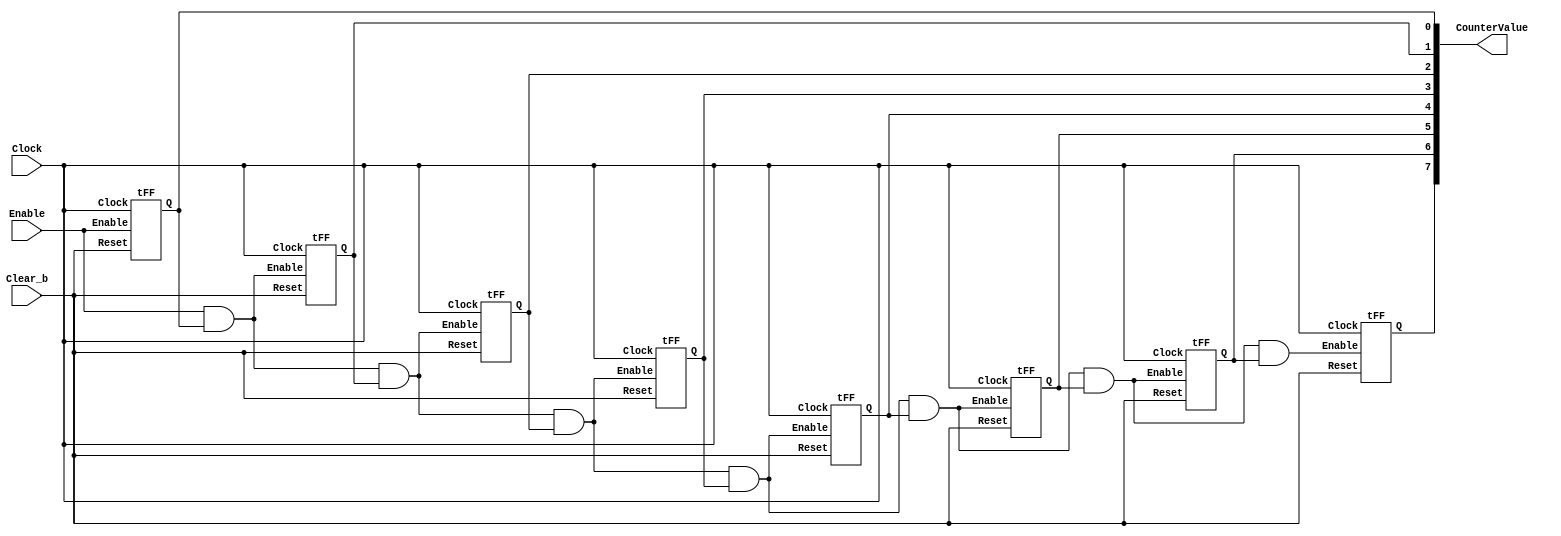
module part1 (Clock, Enable, Clear_b, CounterValue);
    input Clock, Enable, Clear_b;
    output [7:0] CounterValue;

    wire and1, and2, and3, and4, and5, and6, and7;

    assign and1 = (Enable & CounterValue[0]);
    assign and2 = (and1 & CounterValue[1]);
    assign and3 = (and2 & CounterValue[2]);
    assign and4 = (and3 & CounterValue[3]);
    assign and5 = (and4 & CounterValue[4]);
    assign and6 = (and5 & CounterValue[5]);
    assign and7 = (and6 & CounterValue[6]);

    tFF U0 (Clock, Clear_b, Enable, CounterValue[0]);
    tFF U1 (Clock, Clear_b, and1, CounterValue[1]);
    tFF U2 (Clock, Clear_b, and2, CounterValue[2]);
    tFF U3 (Clock, Clear_b, and3, CounterValue[3]);
    tFF U4 (Clock, Clear_b, and4, CounterValue[4]);
    tFF U5 (Clock, Clear_b, and5, CounterValue[5]);
    tFF U6 (Clock, Clear_b, and6, CounterValue[6]);
    tFF U7 (Clock, Clear_b, and7, CounterValue[7]);
    
endmodule

module tFF (Clock, Reset, Enable, Q);
    input Clock, Reset, Enable;
    output reg Q;

    always @ (posedge Clock, negedge Reset)
    begin
        if (!Reset)
            Q <= 0;
        else if (Enable)
            Q <= !Q;
        else
            Q <= Q;
    end
endmodule